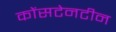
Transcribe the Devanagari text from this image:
कोंसटेनटीन